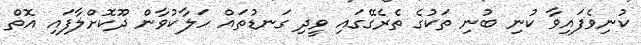
ކުނިވެފައިވާ ކުނި ބުނި ތަކުގެ ތެރެގޭގައި ވީދި ގަނޑުތައް ހަލާކުވާން ދޫކޮށްލާފައި އޮތް